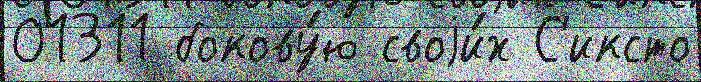
01311 бокову́ю своjи́х С'иксто